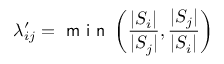
\lambda _ { i j } ^ { \prime } = \textsf { m i n } \left( \frac { | S _ { i } | } { | S _ { j } | } , \frac { | S _ { j } | } { | S _ { i } | } \right)